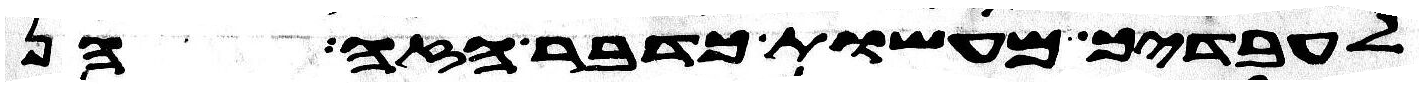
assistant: לעבדיך מעשות כדבר הזה הן